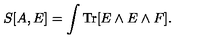
S [ A , E ] = \int \mathrm { T r } [ E \wedge E \wedge F ] .